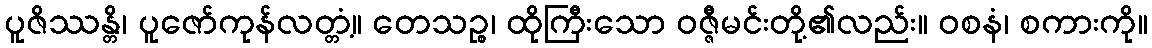
ပူဇိဿန္တိ၊ ပူဇော်ကုန်လတ္တံ့။ တေသဉ္စ၊ ထိုကြီးသော ဝဇ္ဇီမင်းတို့၏လည်း။ ဝစနံ၊ စကားကို။